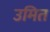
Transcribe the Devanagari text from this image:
उमित